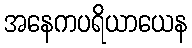
အနေကပရိယာယေန